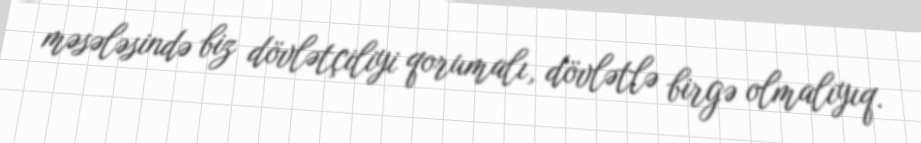
məsələsində biz dövlətçiliyi qorumalı, dövlətlə birgə olmalıyıq.